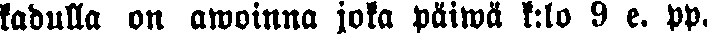
kadulla on awoinna joka päiwä k:lo 9 e. pp.